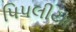
પિપલીયા